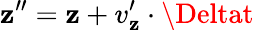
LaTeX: \mathbf{z}^{\prime\prime}=\mathbf{z}+v_{\mathbf{z}}^{\prime}\cdot\Deltat